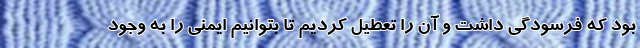
بود که فرسودگی داشت و آن را تعطیل کردیم تا بتوانیم ایمنی را به وجود